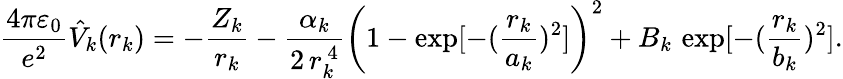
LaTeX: \frac{4\pi\varepsilon_{0}}{e^{2}}\hat{V}_{k}(r_{k})=-\frac{Z_{k}}{r_{k}}-\frac{\alpha_{k}}{2\, r_{k}^{~4}}\left(1-\exp[-(\frac{r_{k}}{a_{k}})^{2}]\right)^{2}+B_{k}\, \exp[-(\frac{r_{k}}{b_{k}})^{2}].